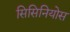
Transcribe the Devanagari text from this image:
सिसिनियोस